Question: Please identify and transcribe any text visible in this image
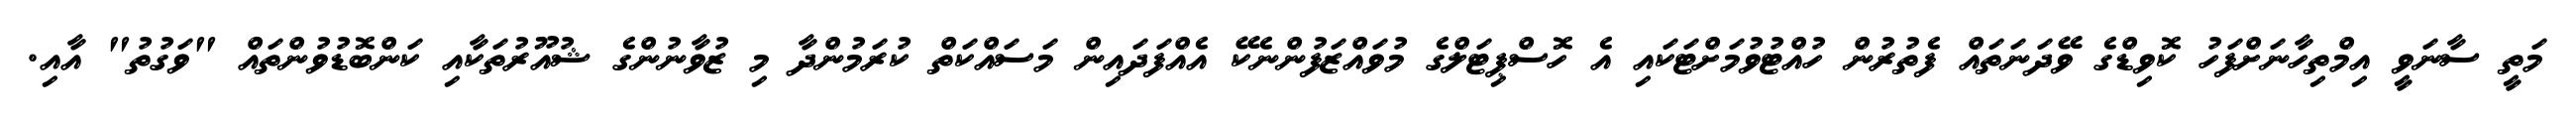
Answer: މަތީ ސާނަވީ އިމްތިހާނަށްފަހު ކޮވިޑްގެ ވޭދަނަތައް ފެތުރުން ހުއްޓުވުމަށްޓަކައި އެ ހޮސްޕިޓަލްގެ މުވައްޒަފުންނެކޭ އެއްފަދައިން މަސައްކަތް ކުރަމުންދާ މި ޒުވާނުންގެ ޝުއޫރުތަކާއި ކަންބޮޑުވުންތައް "ވަގުތު" އާއި.